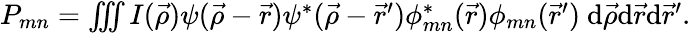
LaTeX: \begin{array}{r}{P_{mn}=\iiint I(\vec{\rho})\psi(\vec{\rho}-\vec{r})\psi^{*}(\vec{\rho}-\vec{r}^{\prime})\phi_{mn}^{*}(\vec{r})\phi_{mn}(\vec{r}^{\prime})\ \mathrm{d}\vec{\rho}\mathrm{d}\vec{r}\mathrm{d}\vec{r}^{\prime}.}\end{array}